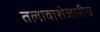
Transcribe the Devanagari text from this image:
तलावाशेजारीच